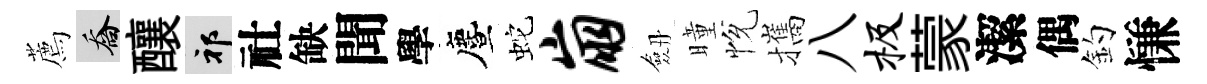
薦喬釀祁社缺聞學󵨌蛇崩劔曈恱攜八极蒙潔偶釣慊